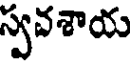
స్వవశాయ